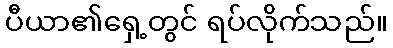
ပီယာ၏ရှေ့တွင် ရပ်လိုက်သည်။